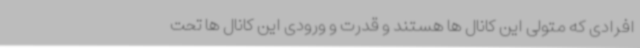
افرادی که متولی این کانال ها هستند و قدرت و ورودی این کانال ها تحت